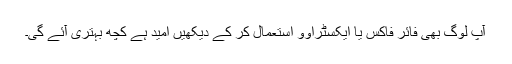
آپ لوگ بھی فائر فاکس یا ایکسٹراوو استعمال کر کے دیکھیں امید ہے کچھ بہتری آئے گی۔